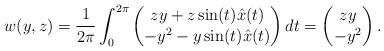
LaTeX: \begin{align*}w(y,z) = \frac{1}{2\pi}\int_0^{2\pi}\begin{pmatrix} zy+z\sin(t)\hat x(t)\\ -y^2-y\sin(t)\hat x(t)\end{pmatrix}dt =\begin{pmatrix} zy\\ -y^2\end{pmatrix} .\end{align*}